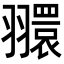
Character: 𦒠